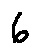
6